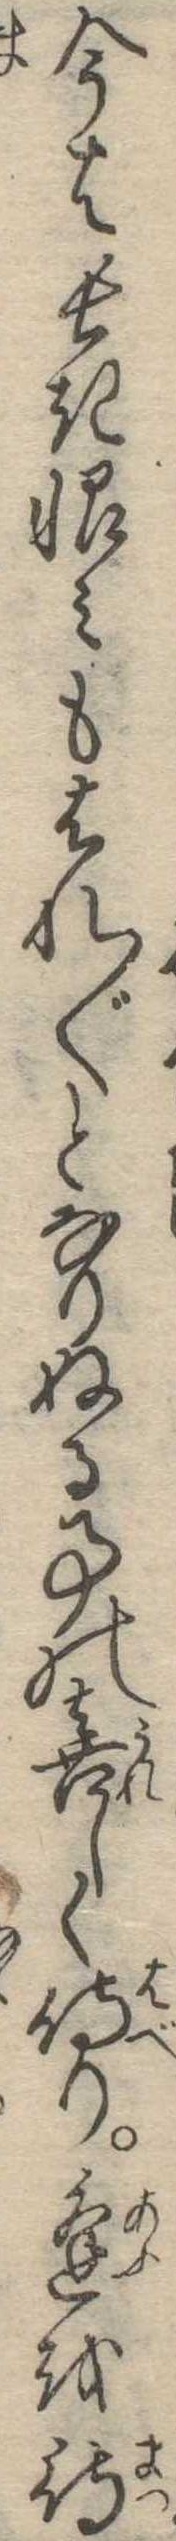
今は長き恨みもはれ〱となりぬる事の喜しく侍り逢を待